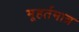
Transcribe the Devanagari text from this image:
मूहर्तमात्र